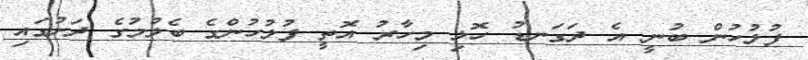
ފުލުހުން ބުނީ އެ ދަގަނޑު ހޮޅި މިހާރު އޮތީ ފުލުހުންގެ ބެލުމުގެ ދަށުގައި